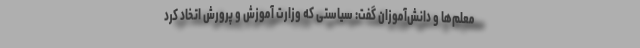
معلم‌ها و دانش‌آموزان گفت: سیاستی که وزارت آموزش و پرورش اتخاد کرد